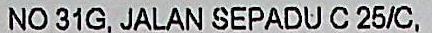
NO 31G, JALAN SEPADU C 25/C,